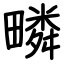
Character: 疄